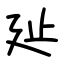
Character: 㢟